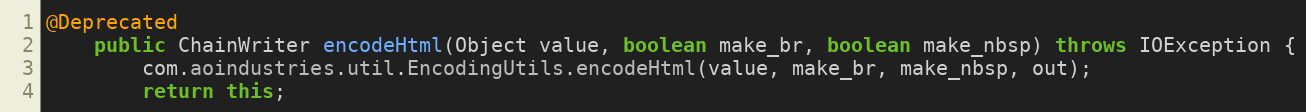
Language: Java
@Deprecated
	public ChainWriter encodeHtml(Object value, boolean make_br, boolean make_nbsp) throws IOException {
		com.aoindustries.util.EncodingUtils.encodeHtml(value, make_br, make_nbsp, out);
		return this;